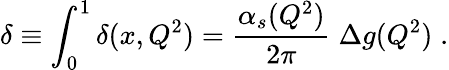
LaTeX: \delta\equiv\int_{0}^{1}\delta(x,Q^{2})={\frac{\alpha_{s}(Q^{2})}{2\pi}}\; \Delta g(Q^{2})\; .